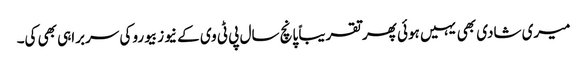
میری شادی بھی یہیں ہوئی پھر تقریباً پانچ سال پی ٹی وی کے نیوز بیورو کی سربراہی بھی کی۔